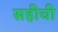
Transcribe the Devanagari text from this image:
सहीची